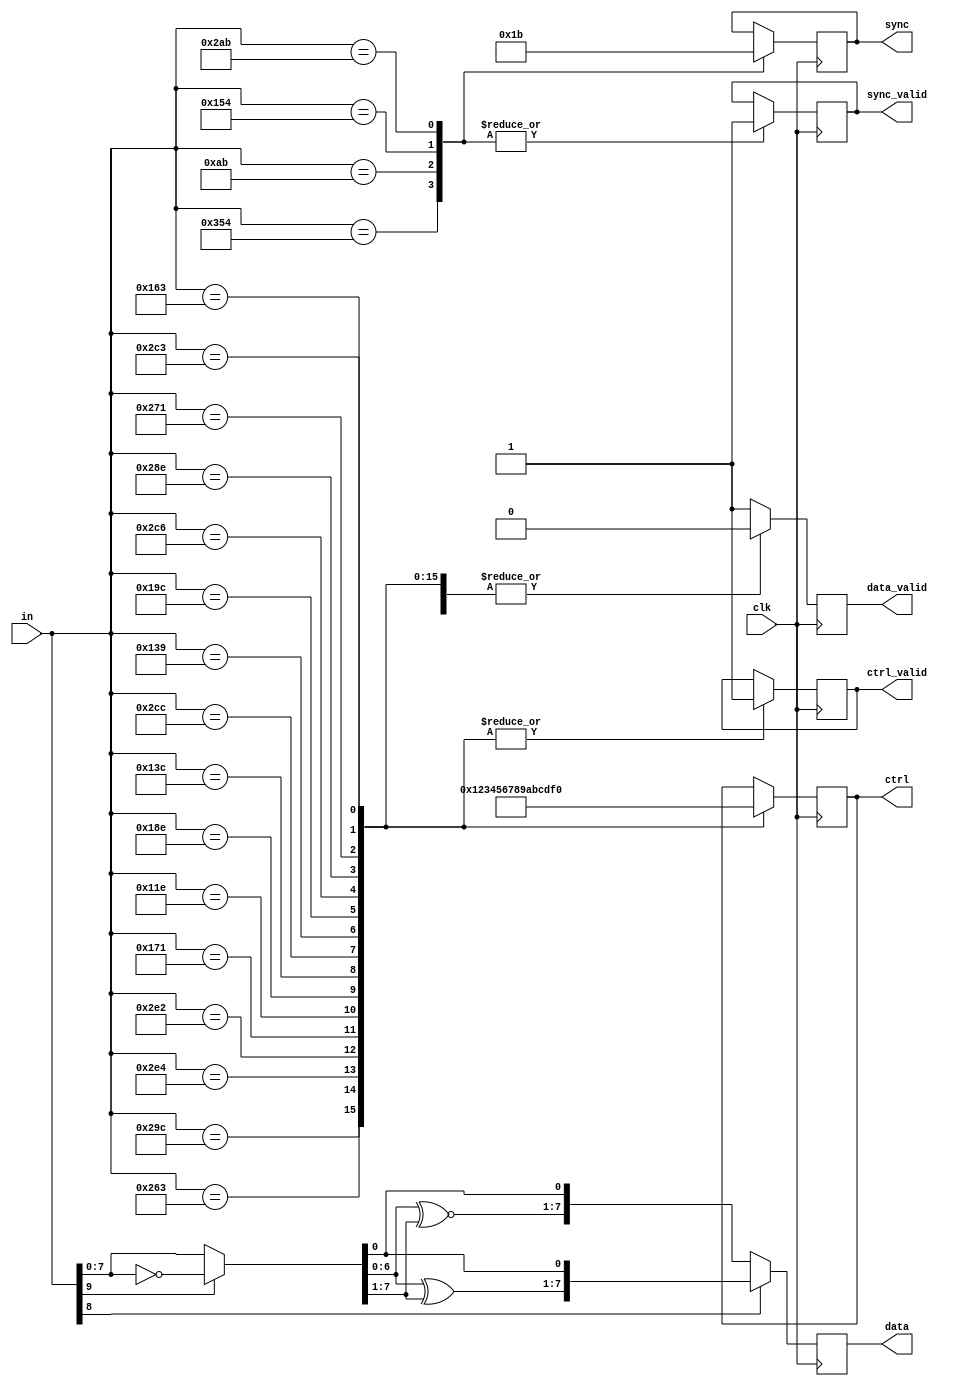
module tmds_decode(
	input clk,
	input [9:0] in,
	output data_valid,
	output sync_valid,
	output ctrl_valid,
	output [7:0] data,
	output [1:0] sync, // hsync/vsync
	output [3:0] ctrl  // audio header?
);
	// the sync control bits are encoded with four specific patterns
	parameter CTRL_00 = 10'b1101010100; // 354
	parameter CTRL_01 = 10'b0010101011; // 0AB
	parameter CTRL_10 = 10'b0101010100; // 154
	parameter CTRL_11 = 10'b1010101011; // 2AB

	// the control channel data
	parameter TERC4_0 = 10'b1010011100;
    	parameter TERC4_1 = 10'b1001100011;
    	parameter TERC4_2 = 10'b1011100100;
    	parameter TERC4_3 = 10'b1011100010;
    	parameter TERC4_4 = 10'b0101110001;
    	parameter TERC4_5 = 10'b0100011110;
    	parameter TERC4_6 = 10'b0110001110;
    	parameter TERC4_7 = 10'b0100111100;
    	parameter TERC4_8 = 10'b1011001100;
    	parameter TERC4_9 = 10'b0100111001;
    	parameter TERC4_A = 10'b0110011100;
    	parameter TERC4_B = 10'b1011000110;
    	parameter TERC4_C = 10'b1010001110;
    	parameter TERC4_D = 10'b1001110001;
    	parameter TERC4_E = 10'b0101100011;
    	parameter TERC4_F = 10'b1011000011;

	// first two of the 10 bits encodes the how the other bits
	// are encoded (either inverted and either xor or xnor)
	// see page 83 of HDMI 1.3 spec
	wire invert = in[9];
	wire use_xor = in[8];

	wire [7:0] in_bits = invert ? ~in[7:0] : in;
	wire [7:0] in_xor = { in_bits[6:0] ^ in_bits[7:1], in_bits[0] };
	wire [7:0] in_xnor = { in_bits[6:0] ^~ in_bits[7:1], in_bits[0] };
	wire [7:0] data_out = use_xor ? in_xor : in_xnor;

	reg data_valid;
	reg sync_valid;
	reg ctrl_valid;
	reg [7:0] data;
	reg [1:0] sync;
	reg [3:0] ctrl;

	always @(posedge clk)
	begin
		sync_valid <= 0;
		ctrl_valid <= 0;
		data_valid <= 0;

		data <= data_out;

		case(in)
		CTRL_00: { sync_valid, sync } = { 1'b1, 2'b00 };
		CTRL_01: { sync_valid, sync } = { 1'b1, 2'b01 };
		CTRL_10: { sync_valid, sync } = { 1'b1, 2'b10 };
		CTRL_11: { sync_valid, sync } = { 1'b1, 2'b11 };

		TERC4_0: { ctrl_valid, ctrl } = { 1'b1, 4'h0 };
		TERC4_1: { ctrl_valid, ctrl } = { 1'b1, 4'h1 };
		TERC4_2: { ctrl_valid, ctrl } = { 1'b1, 4'h2 };
		TERC4_3: { ctrl_valid, ctrl } = { 1'b1, 4'h3 };
		TERC4_4: { ctrl_valid, ctrl } = { 1'b1, 4'h4 };
		TERC4_5: { ctrl_valid, ctrl } = { 1'b1, 4'h5 };
		TERC4_6: { ctrl_valid, ctrl } = { 1'b1, 4'h6 };
		TERC4_7: { ctrl_valid, ctrl } = { 1'b1, 4'h7 };
		TERC4_8: { ctrl_valid, ctrl } = { 1'b1, 4'h8 };
		TERC4_9: { ctrl_valid, ctrl } = { 1'b1, 4'h9 };
		TERC4_A: { ctrl_valid, ctrl } = { 1'b1, 4'hA };
		TERC4_B: { ctrl_valid, ctrl } = { 1'b1, 4'hB };
		TERC4_C: { ctrl_valid, ctrl } = { 1'b1, 4'hC };
		TERC4_D: { ctrl_valid, ctrl } = { 1'b1, 4'hD };
		TERC4_E: { ctrl_valid, ctrl } = { 1'b1, 4'hE };
		TERC4_F: { ctrl_valid, ctrl } = { 1'b1, 4'hF };

		default:
			data_valid <= 1;
		endcase
/*
		if (in == CTRL_00) { sync_valid, sync } = { 1'b1, 2'b00 }; else
		if (in == CTRL_01) { sync_valid, sync } = { 1'b1, 2'b01 }; else
		if (in == CTRL_10) { sync_valid, sync } = { 1'b1, 2'b10 }; else
		if (in == CTRL_11) { sync_valid, sync } = { 1'b1, 2'b11 }; else
		data_valid <= 1;
*/
	end
endmodule